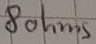
Text: 8Ω